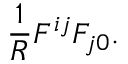
\frac { 1 } { R } F ^ { i j } F _ { j 0 } .